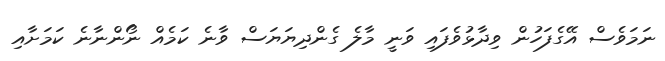
ނަމަވެސް އޭގެފަހުން ވިދާޅުވެފައި ވަނީ މާލެ ގެންދިޔަޔަސް ވާނެ ކަމެއް ނޯންނާނެ ކަމަށާއި